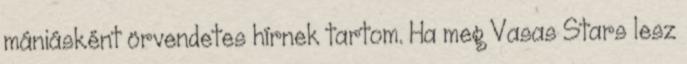
mániásként örvendetes hírnek tartom. Ha meg Vasas Stars lesz